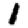
Digit: 1